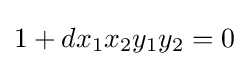
1+dx_{1}x_{2}y_{1}y_{2}=0